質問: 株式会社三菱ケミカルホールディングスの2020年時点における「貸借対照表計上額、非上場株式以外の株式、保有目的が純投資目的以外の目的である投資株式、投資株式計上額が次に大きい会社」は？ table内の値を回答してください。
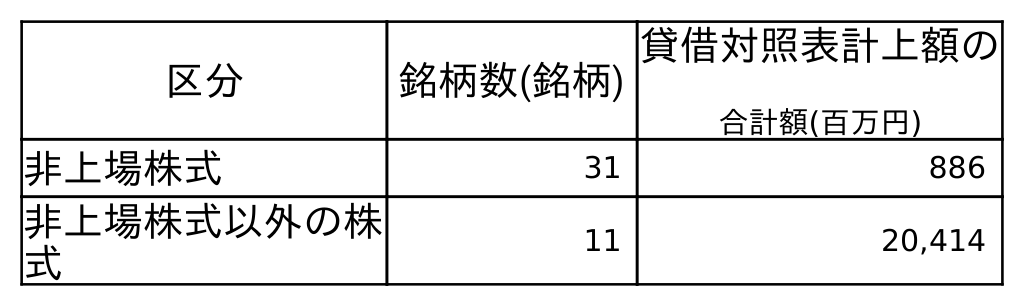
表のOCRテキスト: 区分 銘柄数(銘柄) 貸借対照表計上額の 合計額(百万円) 非上場株式 31 886 非上場株式以外の株 式 11 20,414
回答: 20,414